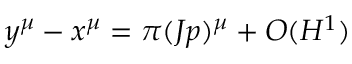
y ^ { \mu } - x ^ { \mu } = \pi ( J p ) ^ { \mu } + { \cal O } ( H ^ { 1 } )